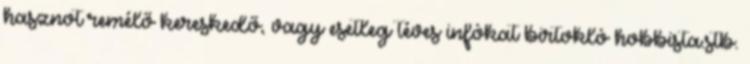
hasznot remélő kereskedő, vagy esetleg téves infókat birtokló hobbista.stb.